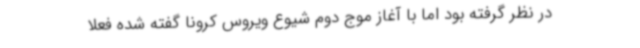
در نظر گرفته بود اما با آغاز موج دوم شیوع ویروس کرونا گفته شده فعلا